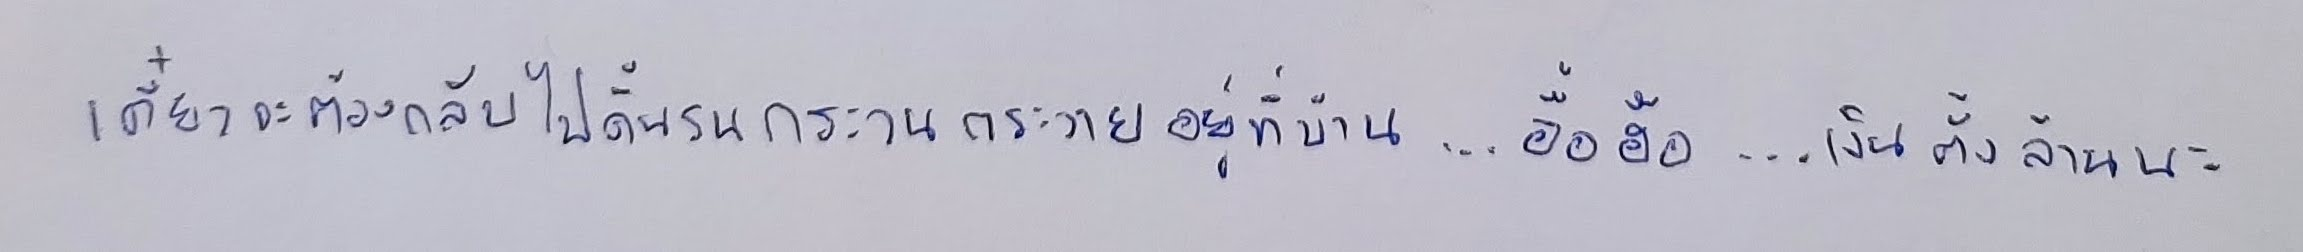
"เดี๋ยวจะต้องกลับไปดิ้นรนกระวนกระวายอยู่ที่บ้าน...อื้อฮือ...เงินตั้งล้านนะ